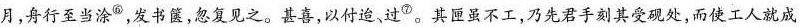
月，舟行至当涂^{⑥}，发书箧，忽复见之。甚喜，以付迨，过^{⑦}。其匣虽不工，乃先君手刻其受砚处，而使工人就成